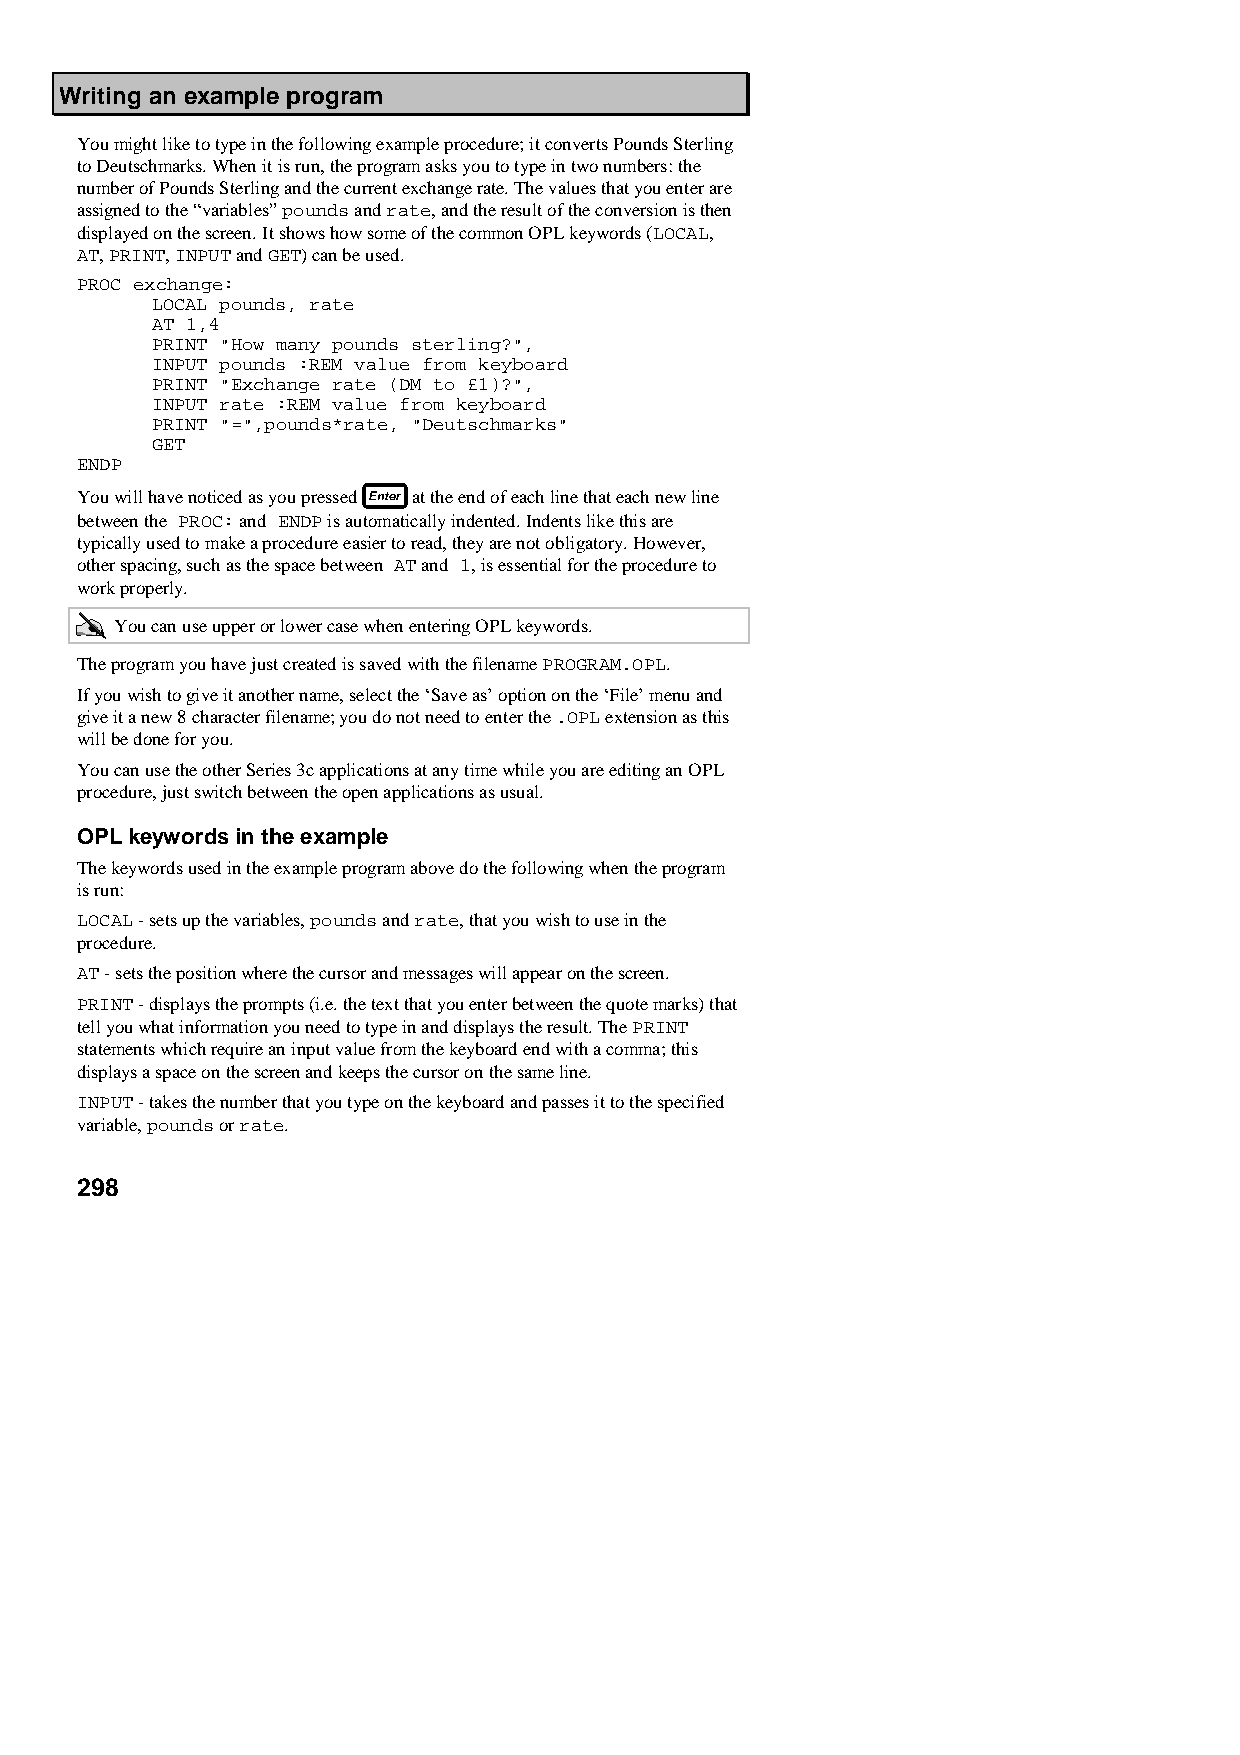
Writing an example program
 You might like to type in the following example procedure; it converts Pounds Sterling
 to Deutschmarks. When it is run, the program asks you to type in two numbers: the
 number of Pounds Sterling and the current exchange rate. The values that you enter are
 assigned to the “variables” pounds and rate, and the result of the conversion is then
 displayed on the screen. It shows how some of the common OPL keywords (LOCAL,
 AT, PRINT, INPUT and GET) can be used.
 PROC exchange:
 LOCAL pounds, rate
 AT 1,4
 PRINT "How many pounds sterling?",
 INPUT pounds :REM value from keyboard
 PRINT "Exchange rate (DM to £1)?",
 INPUT rate :REM value from keyboard
 PRINT "=",pounds*rate, "Deutschmarks"
 GET
 ENDP
 You will have noticed as you pressed at the end of each line that each new line
 between the PROC: and ENDP is automatically indented. Indents like this are
 typically used to make a procedure easier to read, they are not obligatory. However,
 other spacing, such as the space between AT and 1, is essential for the procedure to
 work properly.
 You can use upper or lower case when entering OPL keywords.
 The program you have just created is saved with the filename PROGRAM.OPL.
 If you wish to give it another name, select the ‘Save as’ option on the ‘File’ menu and
 give it a new 8 character filename; you do not need to enter the .OPL extension as this
 will be done for you.
 You can use the other Series 3c applications at any time while you are editing an OPL
 procedure, just switch between the open applications as usual.
 OPL keywords in the example
 The keywords used in the example program above do the following when the program
 is run:
 LOCAL - sets up the variables, pounds and rate, that you wish to use in the
 procedure.
 AT - sets the position where the cursor and messages will appear on the screen.
 PRINT - displays the prompts (i.e. the text that you enter between the quote marks) that
 tell you what information you need to type in and displays the result. The PRINT
 statements which require an input value from the keyboard end with a comma; this
 displays a space on the screen and keeps the cursor on the same line.
 INPUT - takes the number that you type on the keyboard and passes it to the specified
 variable, pounds or rate.
 298